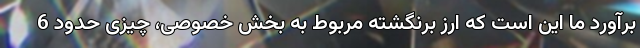
برآورد ما این است که ارز برنگشته مربوط به بخش خصوصی، چیزی حدود 6